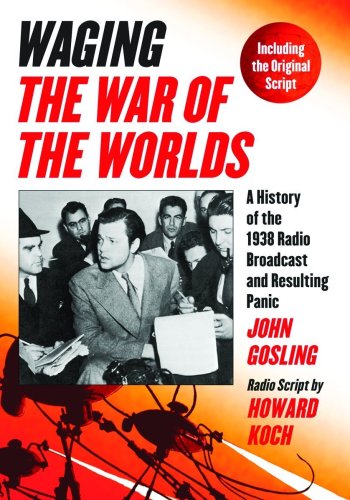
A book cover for Waging The War of the Worlds: A History of the 1938 Radio Broadcast and Resulting Panic, Including the Original Script; John Gosling; Humor & Entertainment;